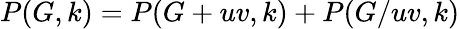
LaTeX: P(G,k)=P(G+uv,k)+P(G/uv,k)